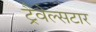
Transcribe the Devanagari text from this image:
ट्रैवेल्सटार